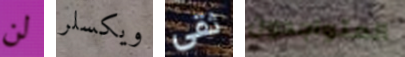
لن ويكسلر ثقى المتواجدون